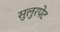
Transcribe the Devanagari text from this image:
सुलुरपेट